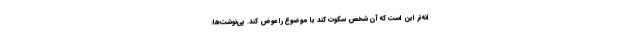
انه‌تر این است که آن شخص سکوت کند یا موضوع را عوض کند. پی‌نوشت‌ها: